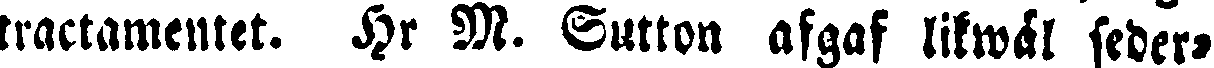
tractamentet. Hr M. Sutton afgaf likwäl seder-